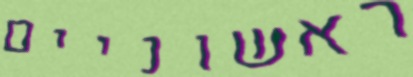
ראשוניים